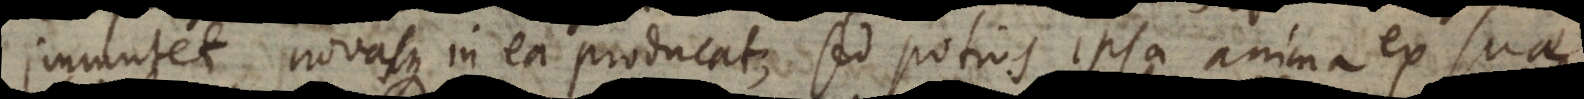
immutet novasque in ea producat, sed potius ipsa anima ex suae